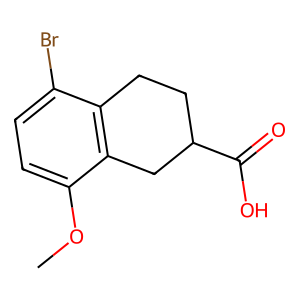
SMILES: COc1ccc(Br)c2c1CC(C(=O)O)CC2
Inhibits HIV replication: No